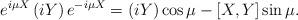
LaTeX: \begin{align*}e^{i\mu X}\left( iY \right) e^{-i\mu X}=\left( iY \right) \cos {\mu} - [X,Y] \sin {\mu}.\end{align*}